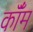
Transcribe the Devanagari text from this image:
कॉँम